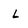
Character: l